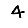
Digit: 4